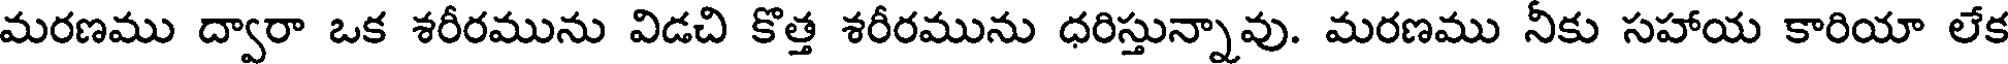
మరణము ద్వారా ఒక శరీరమును విడచి కొత్త శరీరమును ధరిస్తున్నావు. మరణము నీకు సహాయ కారియా లేక